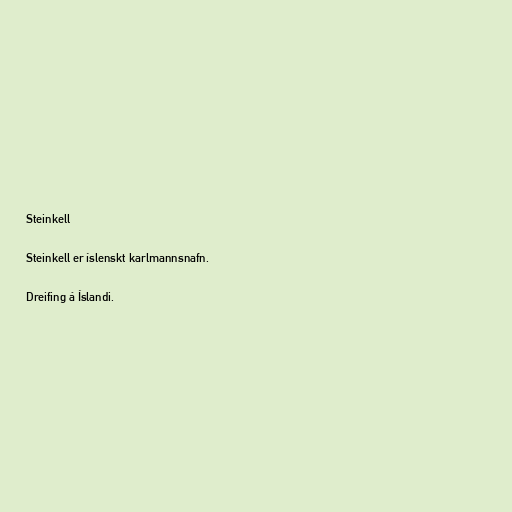
Steinkell

Steinkell er íslenskt karlmannsnafn.

Dreifing á Íslandi.